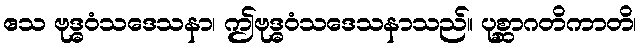
ဧသ ဗုဒ္ဓဝံသဒေသနာ၊ ဤဗုဒ္ဓဝံသဒေသနာသည်။ ပုစ္ဆာဂတိကာတိ၊